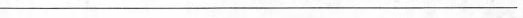
___